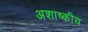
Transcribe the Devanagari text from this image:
अशाष्कीय